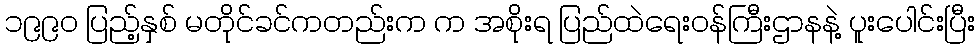
၁၉၉၀ ပြည့်နှစ် မတိုင်ခင်ကတည်းက က အစိုးရ ပြည်ထဲရေးဝန်ကြီးဌာနနဲ့ ပူးပေါင်းပြီး